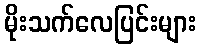
မိုးသက်လေပြင်းများ